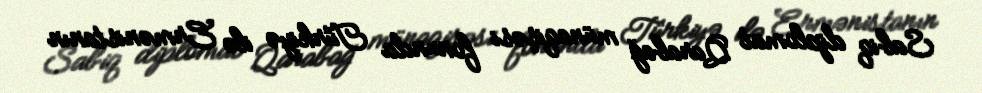
Sabiq diplomat Qarabağ münaqişəsi fonunda Türkiyə ilə Ermənistanın